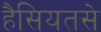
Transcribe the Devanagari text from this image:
हैसियतसे